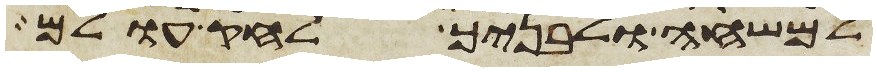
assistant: למשחה ולבניך לחק עולם